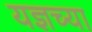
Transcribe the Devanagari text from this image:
यज्ञच्या